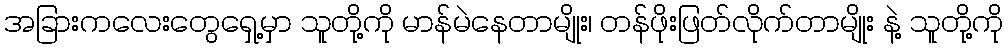
အခြားကလေးတွေရှေ့မှာ သူတို့ကို မာန်မဲနေတာမျိုး၊ တန်ဖိုးဖြတ်လိုက်တာမျိုး နဲ့ သူတို့ကို